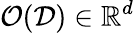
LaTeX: \mathcal{O}(\mathcal{D})\in\mathbb{R}^{d}